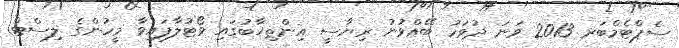
ސެޕްޓެމްބަރ 2013 ވަނަ ދުވަހު ބޭއްވުނު ރިޔާސީ އިންތިޚާބުގައި ވޯޓުލާފައިވާ މީހުންގެ ލިސްޓް